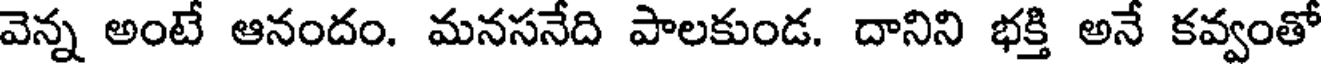
వెన్న అంటే ఆనందం. మనసనేది పాలకుండ. దానిని భక్తి అనే కవ్వంతో